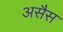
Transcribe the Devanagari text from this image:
असैस